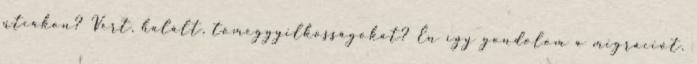
utcákon? Vért, halált, tömeggyilkosságokat? Én így gondolom a migrációt.